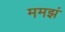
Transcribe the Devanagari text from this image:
ममझं